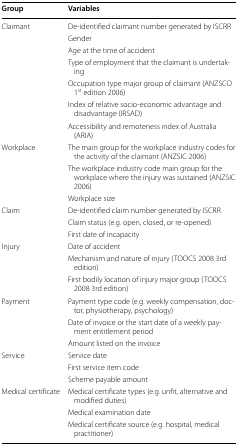
| Group | Variables |
 | --- | --- |
 | <ROWSPAN=7> Claimant | De-identified claimant number generated by ISCRR |
 | Gender |
 | Age at the time of accident |
 | Type of employment that the claimant is undertaking |
 | Occupation type major group of claimant (ANZSCO 1st edition 2006) |
 | Index of relative socio-economic advantage and disadvantage (IRSAD) |
 | Accessibility and remoteness index of Australia (ARIA) |
 | <ROWSPAN=3> Workplace | The main group for the workplace industry codes for the activity of the claimant (ANZSIC 2006) |
 | The workplace industry code main group for the workplace where the injury was sustained (ANZSIC 2006) |
 | Workplace size |
 | <ROWSPAN=3> Claim | De-identified claim number generated by ISCRR |
 | Claim status (e.g. open, closed, or re-opened) |
 | First date of incapacity |
 | <ROWSPAN=3> Injury | Date of accident |
 | Mechanism and nature of injury (TOOCS 2008 3rd edition) |
 | First bodily location of injury major group (TOOCS 2008 3rd edition) |
 | <ROWSPAN=3> Payment | Payment type code (e.g. weekly compensation, doctor, physiotherapy, psychology) |
 | Date of invoice or the start date of a weekly payment entitlement period |
 | Amount listed on the invoice |
 | <ROWSPAN=3> Service | Service date |
 | First service item code |
 | Scheme payable amount |
 | <ROWSPAN=3> Medical certificate | Medical certificate types (e.g. unfit, alternative and modified duties) |
 | Medical examination date |
 | Medical certificate source (e.g. hospital, medical practitioner) |